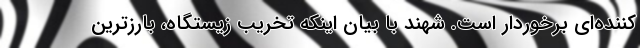
کننده‌ای برخوردار است. شهند با بیان اینکه تخریب زیستگاه، بارزترین